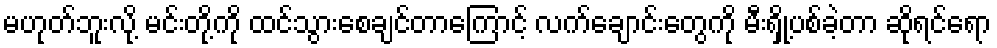
မဟုတ်ဘူးလို့ မင်းတို့ကို ထင်သွားစေချင်တာကြောင့် လက်ချောင်းတွေကို မီးရှို့ပစ်ခဲ့တာ ဆိုရင်ရော